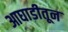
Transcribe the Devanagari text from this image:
आघाडीतून